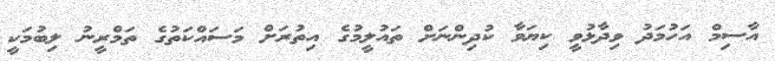
އާސިމް އަހުމަދު ވިދާޅުވީ ކިޔަވާ ކުދިންނަށް ތައުލީމުގެ އިތުރަށް މަސައްކަތުގެ ތަމްރީނު ލިބުމަކީ